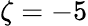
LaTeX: \zeta=-5